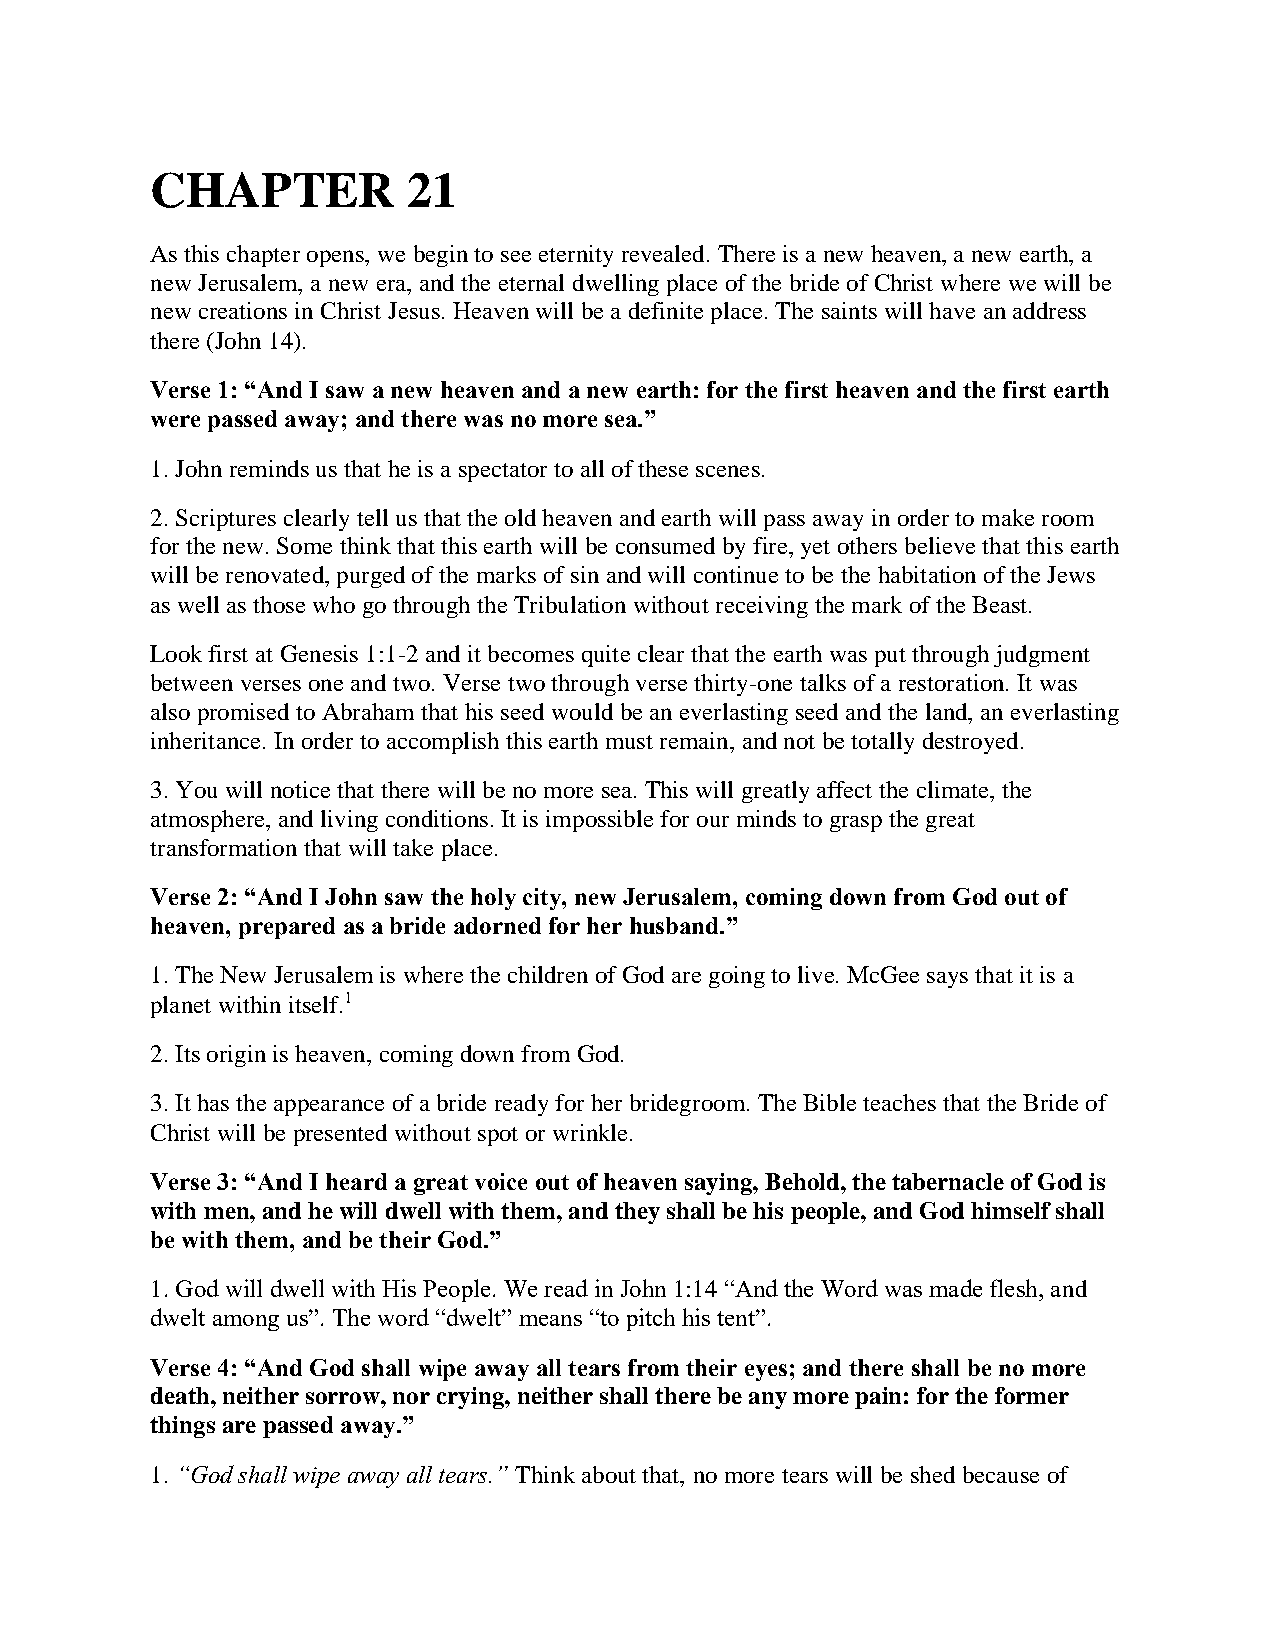
CHAPTER          21
 As this chapter opens, we begin to see eternity revealed. There is a new heaven, a new earth, a
 new Jerusalem, a new era, and the eternal dwelling place of the bride of Christ where we will be
 new creations in Christ Jesus. Heaven will be a definite place. The saints will have an address
 there (John 14).
 Verse 1: “And I saw a new heaven and a new earth: for the first heaven and the first earth
 were passed away; and there was no more sea.”
 1. John reminds us that he is a spectator to all of these scenes.
 2. Scriptures clearly tell us that the old heaven and earth will pass away in order to make room
 for the new. Some think that this earth will be consumed by fire, yet others believe that this earth
 will be renovated, purged of the marks of sin and will continue to be the habitation of the Jews
 as well as those who go through the Tribulation without receiving the mark of the Beast.
 Look first at Genesis 1:1-2 and it becomes quite clear that the earth was put through judgment
 between verses one and two. Verse two through verse thirty-one talks of a restoration. It was
 also promised to Abraham that his seed would be an everlasting seed and the land, an everlasting
 inheritance. In order to accomplish this earth must remain, and not be totally destroyed.
 3. You will notice that there will be no more sea. This will greatly affect the climate, the
 atmosphere, and living conditions. It is impossible for our minds to grasp the great
 transformation that will take place.
 Verse 2: “And I John saw the holy city, new Jerusalem, coming down from God out of
 heaven, prepared as a bride adorned for her husband.”
 1. The New Jerusalem is where the children of God are going to live. McGee says that it is a
 planet within itself.1
 2. Its origin is heaven, coming down from God.
 3. It has the appearance of a bride ready for her bridegroom. The Bible teaches that the Bride of
 Christ will be presented without spot or wrinkle.
 Verse 3: “And I heard a great voice out of heaven saying, Behold, the tabernacle of God is
 with men, and he will dwell with them, and they shall be his people, and God himself shall
 be with them, and be their God.”
 1. God will dwell with His People. We read in John 1:14 “And the Word was made flesh, and
 dwelt among us”. The word “dwelt” means “to pitch his tent”.
 Verse 4: “And God shall wipe away all tears from their eyes; and there shall be no more
 death, neither sorrow, nor crying, neither shall there be any more pain: for the former
 things are passed away.”
 1. “God shall wipe away all tears.” Think about that, no more tears will be shed because of